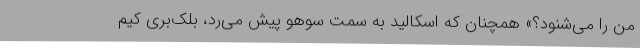
من را می‌شنود؟» همچنان که اسکالید به سمت سوهو پیش می‌رد، بلک‌بری کیم